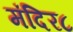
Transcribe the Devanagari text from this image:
मंदिर८